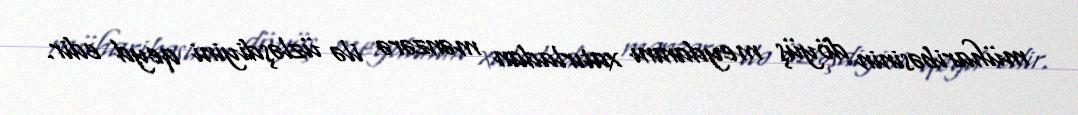
müharibəsinin döyüş meydanını xatırladan mənzərə ilə üzləşdiyini qeyd edir.